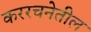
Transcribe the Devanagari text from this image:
कररचनेतील